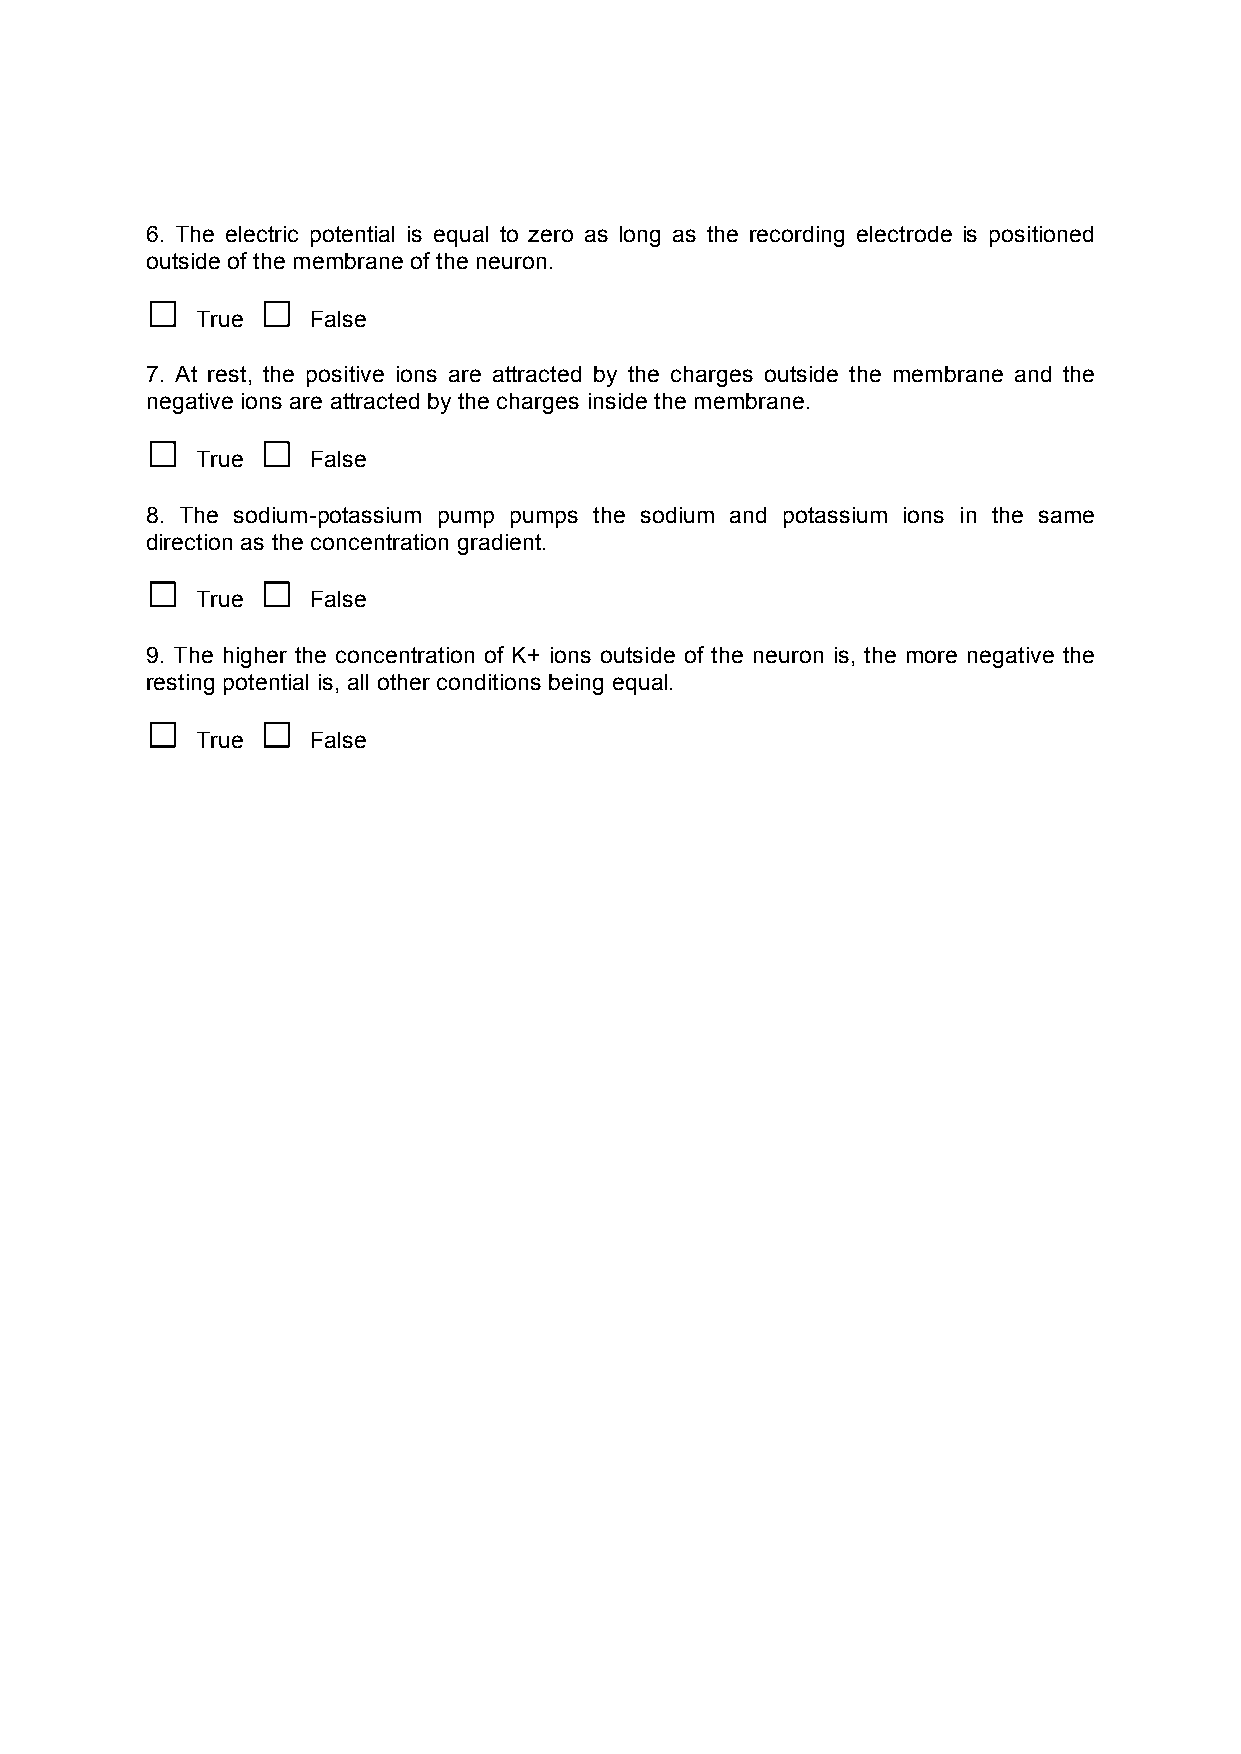
6. The electric potential is equal to zero as long as the recording electrode is positioned
 outside of the membrane of the neuron.
 □      □
 True   False
 7. At rest, the positive ions are attracted by the charges outside the membrane and the
 negative ions are attracted by the charges inside the membrane.
 □      □
 True   False
 8. The sodium-potassium pump pumps the sodium and potassium ions in the same
 direction as the concentration gradient.
 □      □
 True   False
 9. The higher the concentration of K+ ions outside of the neuron is, the more negative the
 resting potential is, all other conditions being equal.
 □      □
 True   False